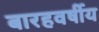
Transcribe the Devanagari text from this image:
बारहवर्षीय